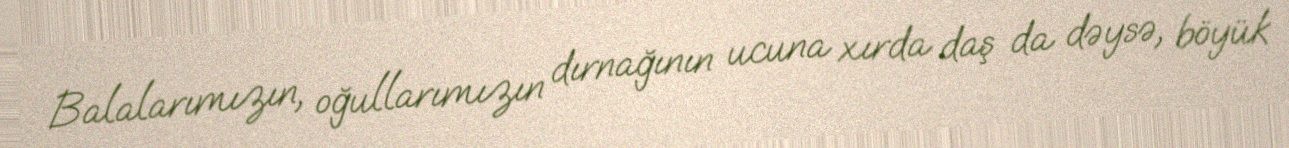
Balalarımızın, oğullarımızın dırnağının ucuna xırda daş da dəysə, böyük